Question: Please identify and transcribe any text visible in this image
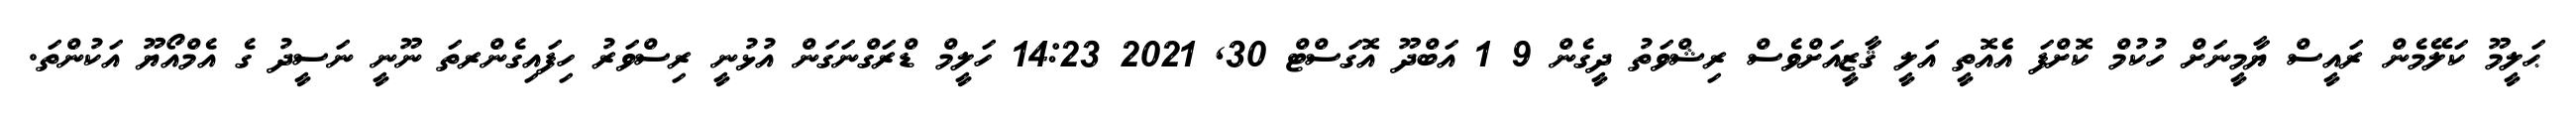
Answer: ޙަލީމޫ ކަލޭމެން ރައީސް ޔާމީނަށް ހުކުމް ކޮށްފަ އެެއޮތީ އަލީ ޤާޒީއަށްވެސް ރިޝްވަތު ދީގެން 9 1 އަބްދޫ އޮގަސްޓް 30, 2021 14:23 ހަލީމް ޑްރަގްނަގަން އުޅުނީ ރިސްވަރު ހިފައިގެންރތަ ނޫނީ ނަސީދު ގެ އެމްއޯޔޫ އަކުންތަ.